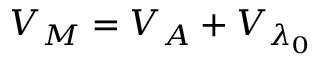
V _ { M } = { { V } _ { { A } } } + { { V } _ { { { \lambda } _ { 0 } } } }